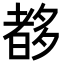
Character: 𡗀